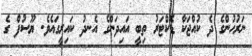
ނަރުހުންގެ ދެ ކުއްޖަކާ ޑޮކްޓަރު ތިބީ އައިދަންގެ އެނދު ކައިރީގައެވެ. ޔޫސުފް ގެ